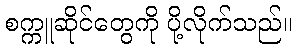
စက္ကူဆိုင်တွေကို ပို့လိုက်သည်။